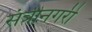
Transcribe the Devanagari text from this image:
संत्रीनगरी